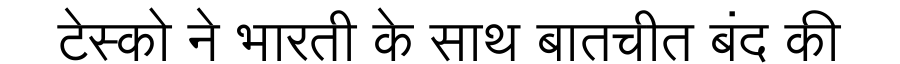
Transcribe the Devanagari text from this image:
टेस्को ने भारती के साथ बातचीत बंद की